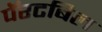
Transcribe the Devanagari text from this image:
पॅरटबिल